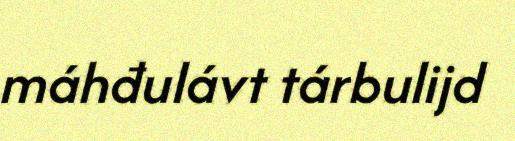
máhđulávt tárbulijd